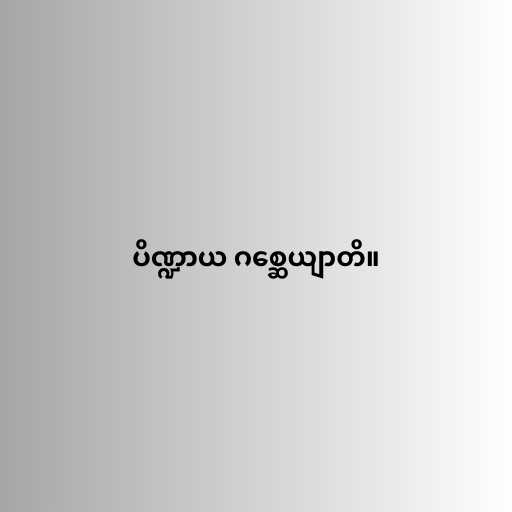
ပိဏ္ဍာယ ဂစ္ဆေယျာတိ။